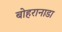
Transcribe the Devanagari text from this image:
बोहरानाडा